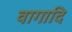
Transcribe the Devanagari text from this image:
वागादि